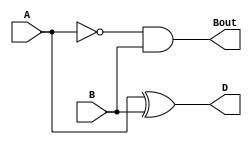
module HalfSubtractor(
    input wire A,
    input wire B,
    output reg D,
    output reg Bout
    );
	 
always @(*)
begin
    D <= A^B;
    Bout <= (~A) & B;
end

endmodule